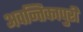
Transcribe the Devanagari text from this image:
अवन्तिकापुरी